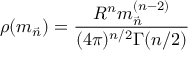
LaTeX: \rho ( { m } _ { \vec { n } } ) = \frac { R ^ { n } { { m } _ { \vec { n } } ^ { ( n - 2 ) } } } { ( 4 \pi ) ^ { n / 2 } \Gamma ( n / 2 ) }